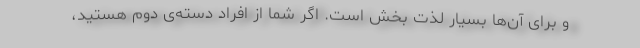
و برای آن‌ها بسیار لذت بخش است. اگر شما از افراد دسته‌ی دوم هستید،